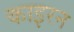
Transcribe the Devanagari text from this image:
काइरन